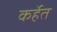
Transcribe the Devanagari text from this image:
कर्हेत